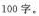
100字。